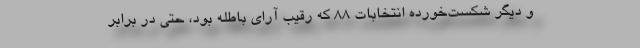
و دیگر شکست‌خورده انتخابات 88 که رقیب آرای باطله بود، حتی در برابر